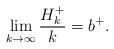
LaTeX: \begin{align*}\lim_{k\rightarrow\infty}\frac{H_k^+}{k}= b^+.\end{align*}